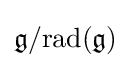
{\mathfrak {g}}/{\rm {rad}}({\mathfrak {g}})